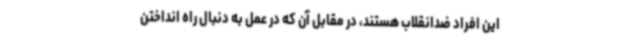
این افراد ضدانقلاب هستند، در مقابل آن که در عمل به دنبال راه انداختن